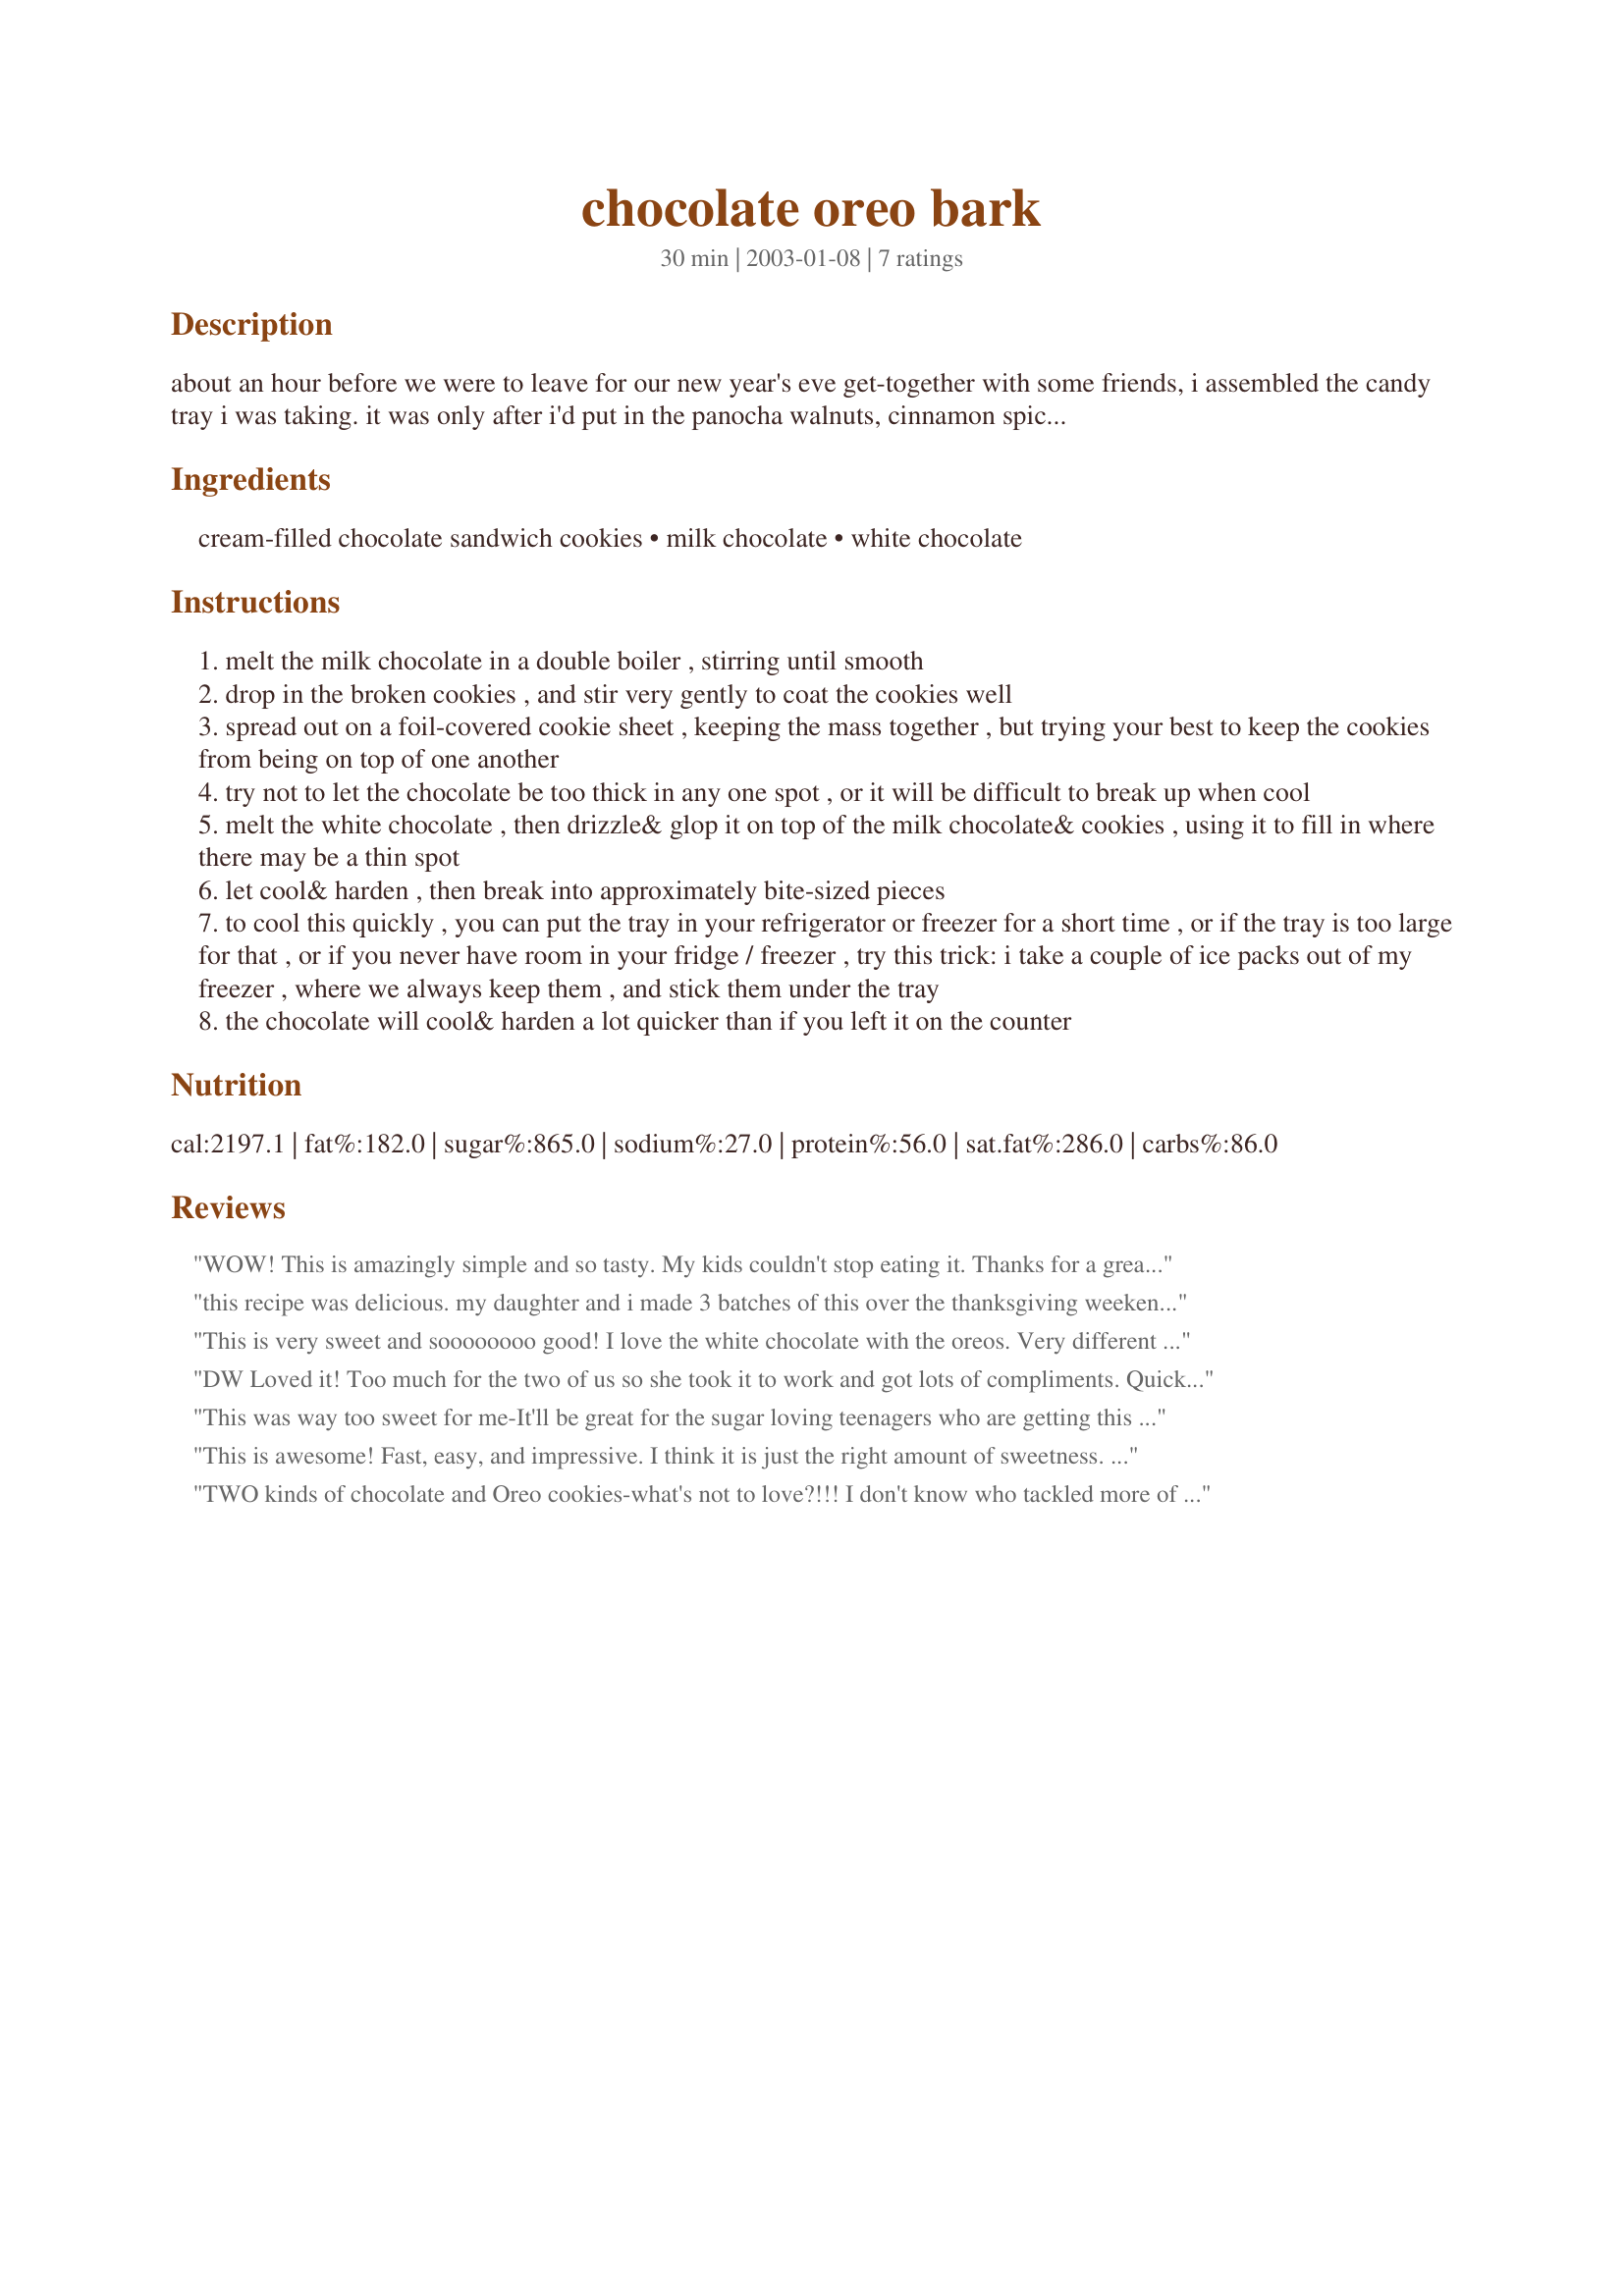
chocolate oreo bark
Preparation time: 30 minutes

about an hour before we were to leave for our new year's eve get-together with some friends, i assembled the candy tray i was taking. it was only after i'd put in the panocha walnuts, cinnamon spiced almonds and the white chocolate-cranberry-pecan bark, that my daughter pointed out there was one more empty

Ingredients:
cream-filled chocolate sandwich cookies, milk chocolate, white chocolate

Steps:
melt the milk chocolate in a double boiler , stirring until smooth
drop in the broken cookies , and stir very gently to coat the cookies well
spread out on a foil-covered cookie sheet , keeping the mass together , but trying your best to keep the cookies from being on top of one another
try not to let the chocolate be too thick in any one spot , or it will be difficult to break up when cool
melt the white chocolate , then drizzle& glop it on top of the milk chocolate& cookies , using it to fill in where there may be a thin spot
let cool& harden , then break into approximately bite-sized pieces
to cool this quickly , you can put the tray in your refrigerator or freezer for a short time , or if the tray is too large for that , or if you never have room in your fridge / freezer , try this trick: i take a couple of ice packs out of my freezer , where we always keep them , and stick them under the tray
the chocolate will cool& harden a lot quicker than if you left it on the counter

Reviews:
WOW! This is amazingly simple and so tasty. My kids couldn't stop eating it. Thanks for a great recipe!
this recipe was delicious. my daughter and i made 3 batches of this over the thanksgiving weekend. we used bark coating that is used for candy making. it was good and it hardened quicker than the chips.
This is very sweet and soooooooo good! I love the white chocolate with the oreos. Very different than anything I've ever tried before. yummy!
DW Loved it! Too much for the two of us so she took it to work and got lots of compliments. Quick and easy to make, thanks for sharing!
This was way too sweet for me-It'll be great for the sugar loving teenagers who are getting this for Christmas-but I won't be keeping any for myself-Sorry-sounded fantastic,but...I tried this as an all white chocolate version also and it just didn't thrill me.
This is awesome! Fast, easy, and impressive. I think it is just the right amount of sweetness. Definitely worth trying this recipe! Great for gift giving!
TWO kinds of chocolate and Oreo cookies-what's not to love?!!! I don't know who tackled more of this-my husband or myself! (Our poor son didn't even stand a chance!)This is great--much better than the fudge-coated Oreos in the supermarket. It has the perfect balance of sweet, crunchy cookies and smooth, creamy chocolate. I found it easier to cut the Oreos after I chilled them for a while; I also used a combination of melted peanut butter chips with the white chocolate in the drizzle...next time I may try butterscotch....COOKIE MONSTERS AND CHOCOPHILES--DO NOT PASS THIS ONE BY!
